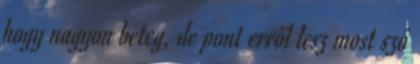
hogy nagyon beteg, de pont erről lesz most szó